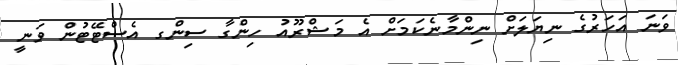
ވަނަ އަހަރުގެ ނިޔަލަށް ނިންމާނެކަމަށް އެ މަޝްރޫއު ހިންގާ ސިންގ އެސްޓޭޓުން ވަނީ